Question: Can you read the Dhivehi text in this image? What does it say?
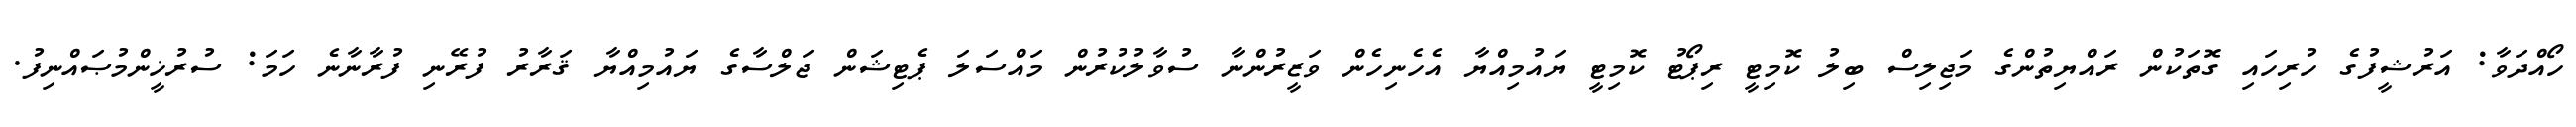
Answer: ހޯއްދަވާ: އަރުޝީފުގެ ހުރިހައި ގޮތަކުން ރައްޔިތުންގެ މަޖިލިސް ބިލު ކޮމިޓީ ރިޕޯޓު ކޮމިޓީ ޔައުމިއްޔާ އެހެނިހެން ވަޒީރުންނާ ސުވާލުކުރުން މައްސަލަ ޕެޓިޝަން ޖަލްސާގެ ޔައުމިއްޔާ ޤަރާރު ފުރޭނި ފުރާނާނެ ހަމަ: ސުރުޚީންމުޞައްނިފު.